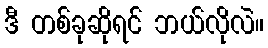
ဒီ တစ်ခုဆိုရင် ဘယ်လိုလဲ။